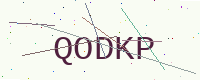
Text: QODKP